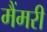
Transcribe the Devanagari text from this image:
मैंमरी